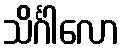
သိင်္ဂါလော